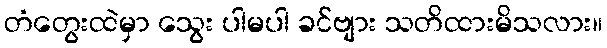
တံတွေးထဲမှာ သွေး ပါမပါ ခင်ဗျား သတိထားမိသလား။